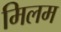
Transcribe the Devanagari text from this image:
मिलम